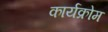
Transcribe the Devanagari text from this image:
कार्यक्रोम